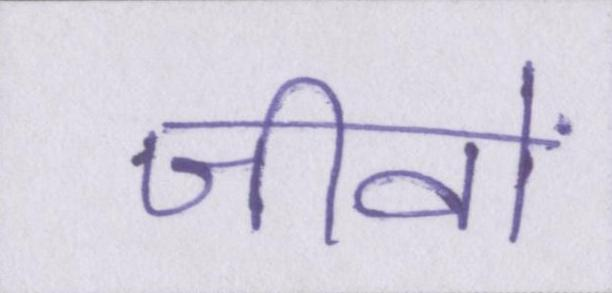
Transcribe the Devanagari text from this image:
जीवों